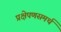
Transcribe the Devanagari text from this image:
प्रक्षेपणसमर्थ